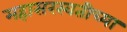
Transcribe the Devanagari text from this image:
महासरस्वतीच्या